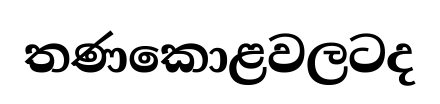
තණකොළවලටද